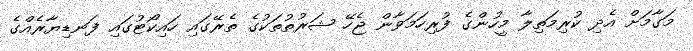
މަގާމަށް އެދި ކުރިމަތިލާ މީހުންގެ ފުރިހަމަވާން ޖެހޭ ޝަރުތުތަކުގެ ތެރޭގައި ހައިކޯޓުގައި ފަނޑިޔާރެއްގެ